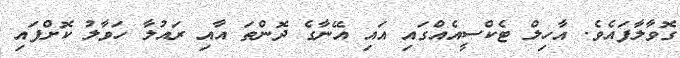
ގޮވާލާފައެވެ. އާހިލް ޓެކްސީއެއްގައި އައި އޭނާގެ ދޮންތަ އާއި ރައުލާ ހަވާލު ކޮށްފައި